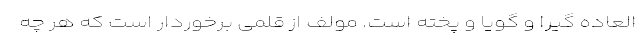
العاده گیرا و گویا و پخته است. مولف از قلمی برخوردار است که هر چه